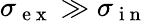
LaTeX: \sigma_{\mathrm{~e~x~}}\gg\sigma_{\mathrm{~i~n~}}